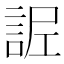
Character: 𧧫